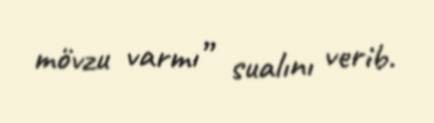
mövzu varmı” sualını verib.